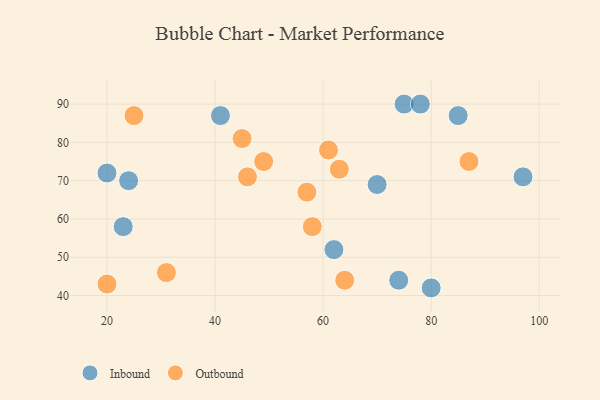
{"axis": {"x": "GDP", "y": "Life Expectancy"}, "legend": ["Inbound", "Outbound"], "data": [{"x": "75", "y": 90, "type": "Inbound"}, {"x": "78", "y": 90, "type": "Inbound"}, {"x": "41", "y": 87, "type": "Inbound"}, {"x": "80", "y": 42, "type": "Inbound"}, {"x": "70", "y": 69, "type": "Inbound"}, {"x": "20", "y": 72, "type": "Inbound"}, {"x": "62", "y": 52, "type": "Inbound"}, {"x": "24", "y": 70, "type": "Inbound"}, {"x": "23", "y": 58, "type": "Inbound"}, {"x": "97", "y": 71, "type": "Inbound"}, {"x": "74", "y": 44, "type": "Inbound"}, {"x": "85", "y": 87, "type": "Inbound"}, {"x": "63", "y": 73, "type": "Outbound"}, {"x": "49", "y": 75, "type": "Outbound"}, {"x": "25", "y": 87, "type": "Outbound"}, {"x": "20", "y": 43, "type": "Outbound"}, {"x": "46", "y": 71, "type": "Outbound"}, {"x": "31", "y": 46, "type": "Outbound"}, {"x": "64", "y": 44, "type": "Outbound"}, {"x": "87", "y": 75, "type": "Outbound"}, {"x": "58", "y": 58, "type": "Outbound"}, {"x": "45", "y": 81, "type": "Outbound"}, {"x": "61", "y": 78, "type": "Outbound"}, {"x": "57", "y": 67, "type": "Outbound"}]}